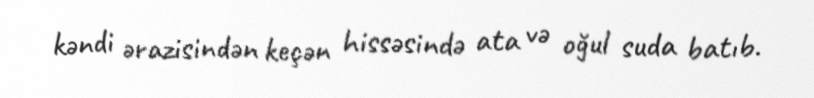
kəndi ərazisindən keçən hissəsində ata və oğul suda batıb.